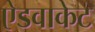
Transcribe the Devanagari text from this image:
ऐडवाकेट